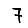
Digit: 7